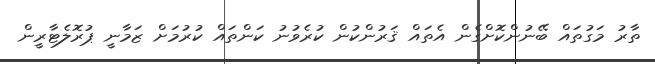
ތާރު މަގުތައް ބޭނުންކޮށްގެން އެތައް ޤަރުންކުން ކުރެވުނު ކަންތައް ކުރުމަށް ޒަމާނީ ޕުރޮލެޓާރީން